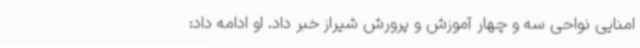
امنایی نواحی سه و چهار آموزش و پرورش شیراز خبر داد. او ادامه داد: